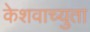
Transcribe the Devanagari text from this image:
केेशवाच्युता